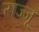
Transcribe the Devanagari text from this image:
राज्जू